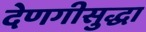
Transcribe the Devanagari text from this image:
देणगीसुद्धा